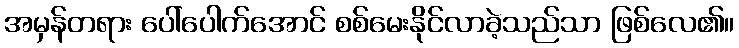
အမှန်တရား ပေါ်ပေါက်အောင် စစ်မေးနိုင်လာခဲ့သည်သာ ဖြစ်လေ၏။